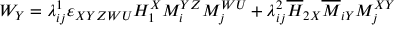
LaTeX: W _ { Y } = \lambda _ { i j } ^ { 1 } \varepsilon _ { X Y Z W U } H _ { 1 } ^ { X } M _ { i } ^ { Y Z } M _ { j } ^ { W U } + \lambda _ { i j } ^ { 2 } \overline { { { H } } } _ { 2 X } \overline { { { M } } } _ { i Y } M _ { j } ^ { X Y }